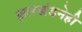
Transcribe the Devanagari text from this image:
झारखंडनेही